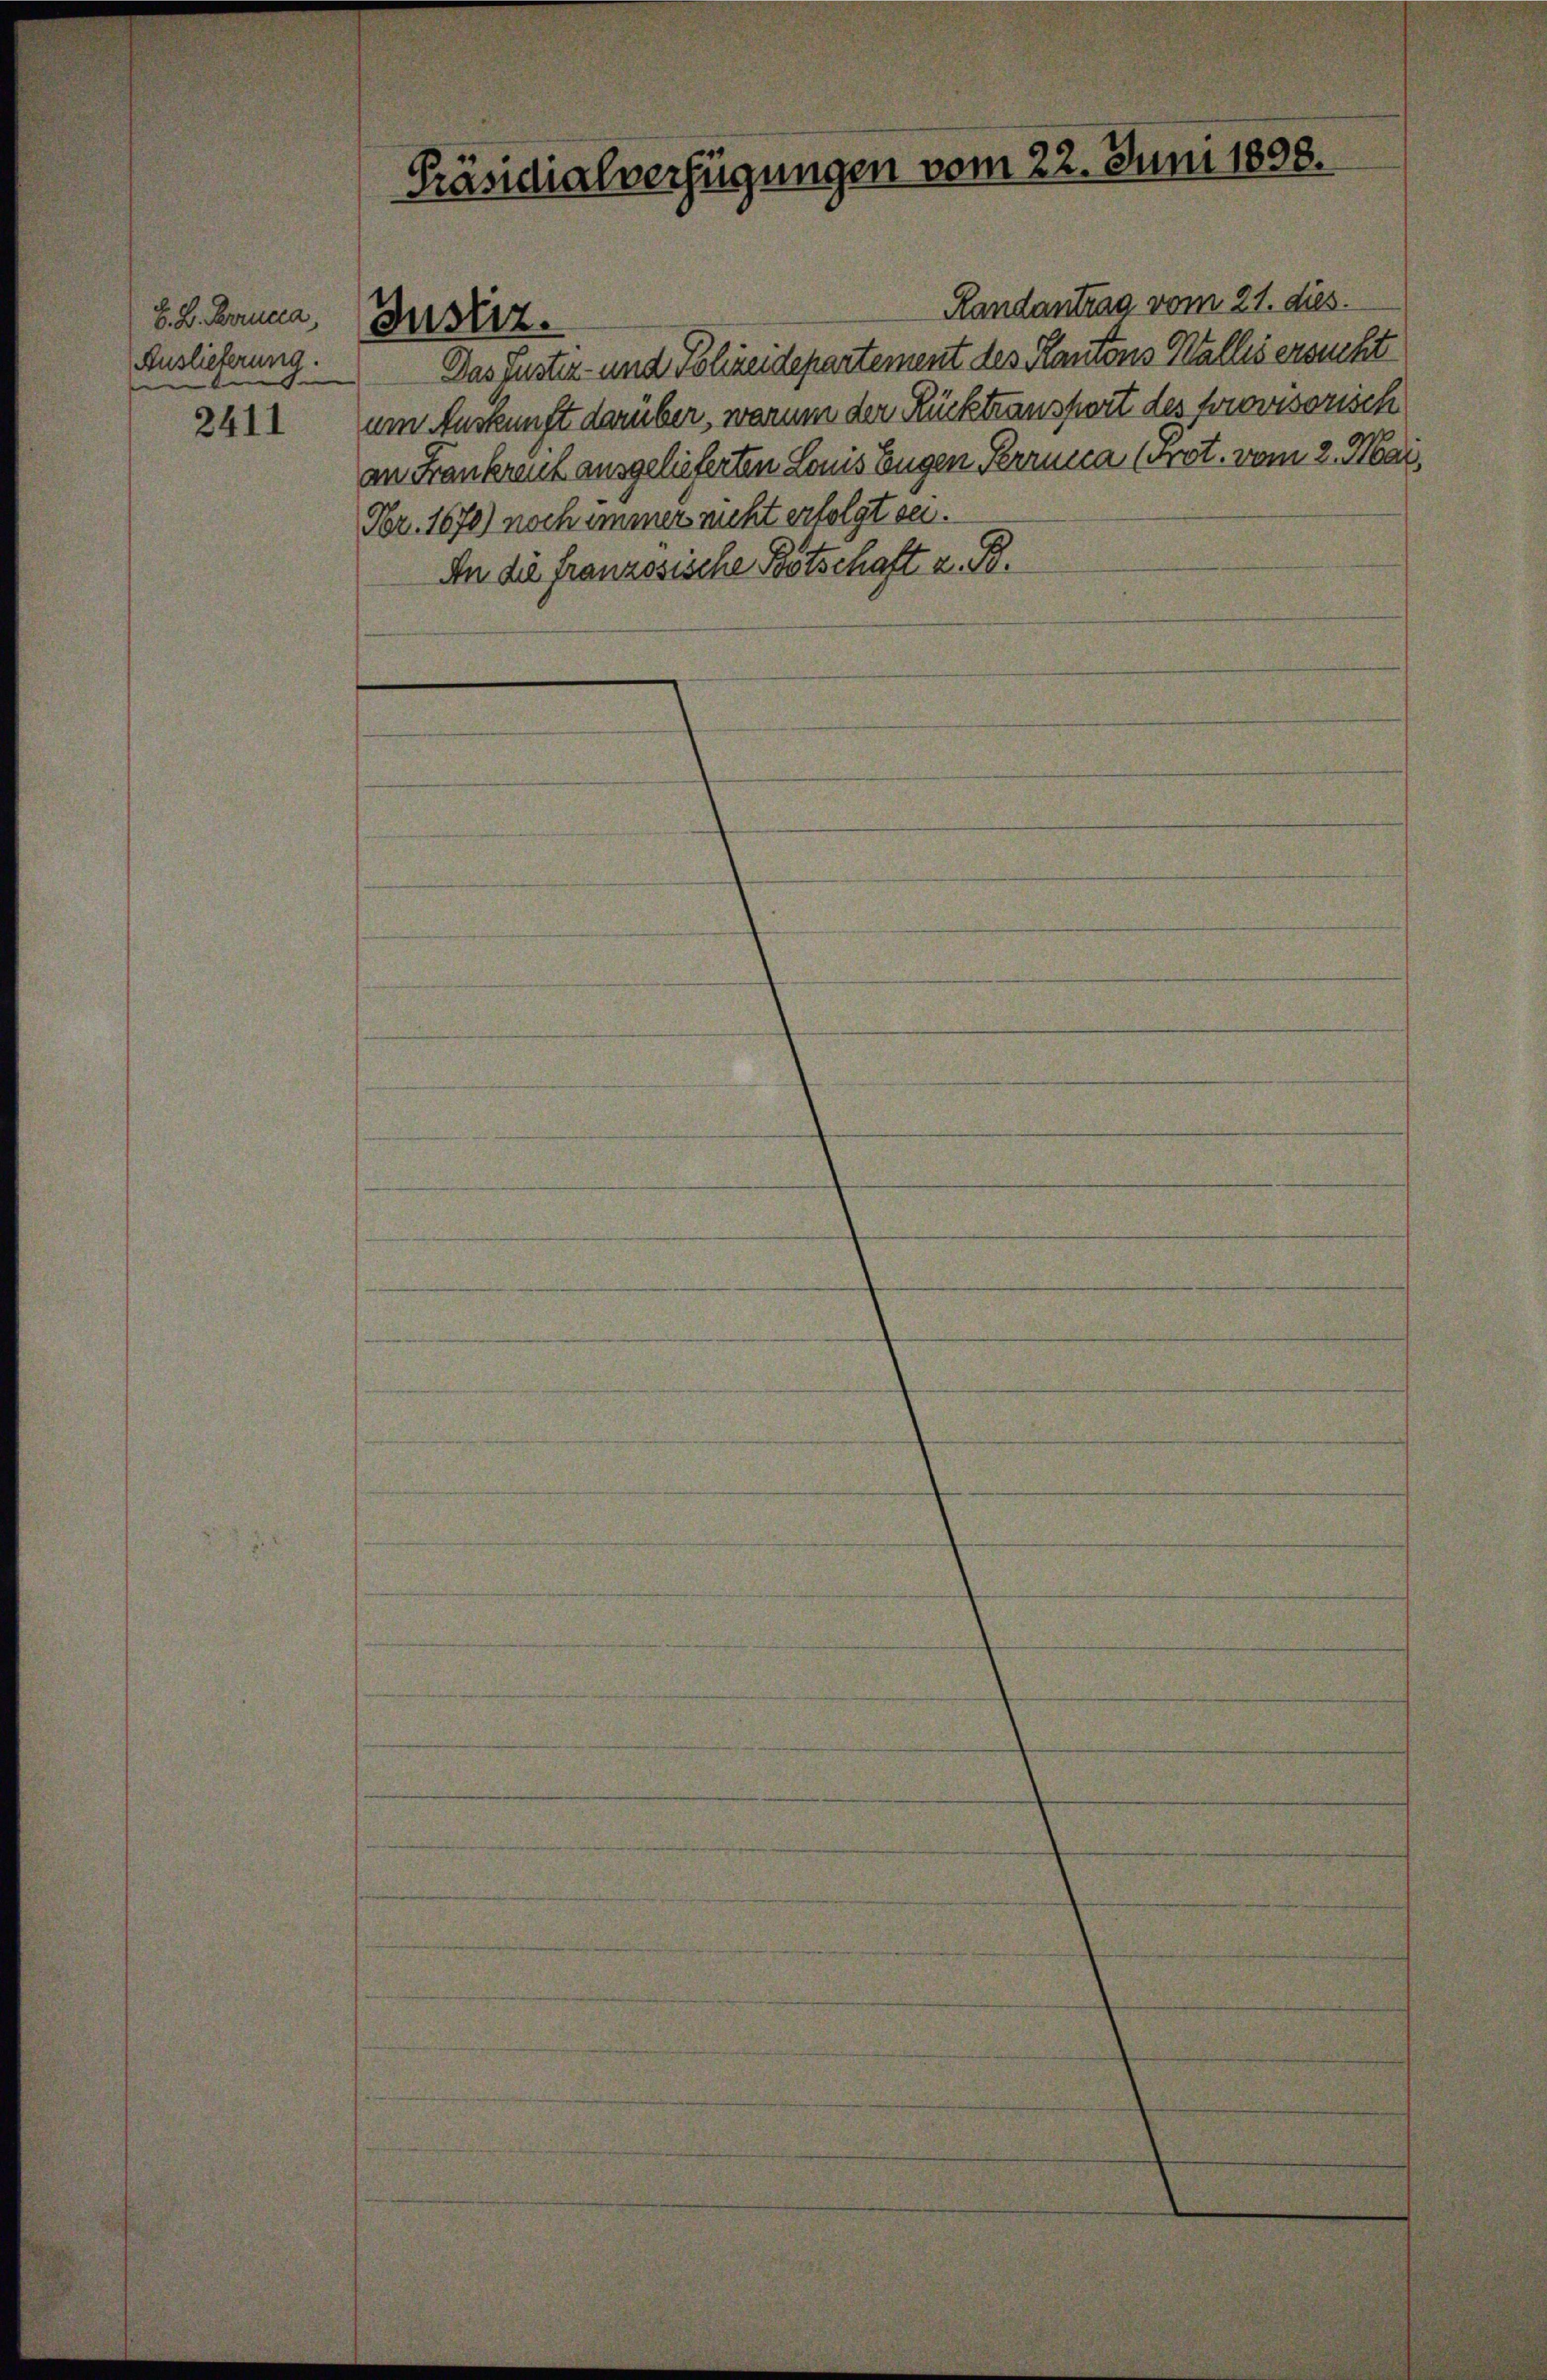
E. B. Berrucca,
Auslieferung.

2411

Präsidialverfügungen vom 22. Juni 1898.

Justiz.

Randantrag vom 21. dies.
Das Justiz- und Polizeidepartement des Kantons Wallis ersucht
um Auskunft darüber, warum der Rücktransport des forovisorisch
an Frankreut ausgelieferten Louis Eugen Perrmica (Grot. vom 2. Mai,
Fbr. 1670) noch immer nicht erfolgt sei.
An die französische Botschaft z. B.